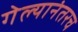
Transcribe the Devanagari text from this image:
गेल्यानंतरच